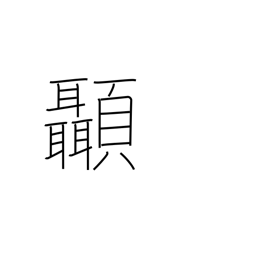
Meaning: temple (of head)